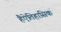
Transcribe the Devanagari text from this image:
हैऐतिहासिक